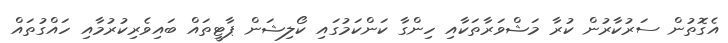
އެގޮތުން ސަރުކާރުން ކުރާ މަޝްވަރާތަކާއި ހިންގާ ކަންކަމުގައި ކޯލިޝަން ޕާޓީތައް ބައިވެރިކުރުމާއި ހައްގުތައް